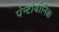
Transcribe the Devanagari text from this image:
पेन्टोथीनिक